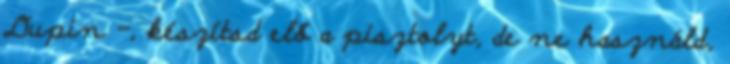
Dupin -, készítsd elő a pisztolyt, de ne használd,